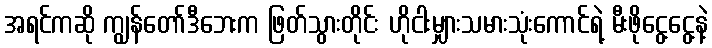
အရင်ကဆို ကျွန်တော်ဒီဘေးက ဖြတ်သွားတိုင်း ဟိုငါးမျှားသမားသုံးကောင်ရဲ့ မီးဖိုငွေ့ငွေ့နဲ့